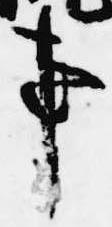
事